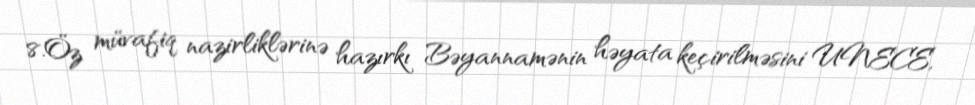
8.Öz müvafiq nazirliklərinə hazırkı Bəyannamənin həyata keçirilməsini UNECE,